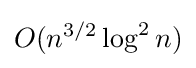
O(n^{3/2}\log ^{2}n)